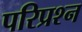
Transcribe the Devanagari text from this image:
परिप्रश्न